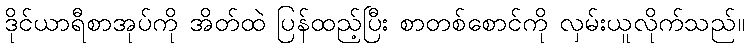
ဒိုင်ယာရီစာအုပ်ကို အိတ်ထဲ ပြန်ထည့်ပြီး စာတစ်စောင်ကို လှမ်းယူလိုက်သည်။